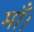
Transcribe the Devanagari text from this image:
माँ।